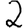
Digit: 2